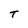
Character: t